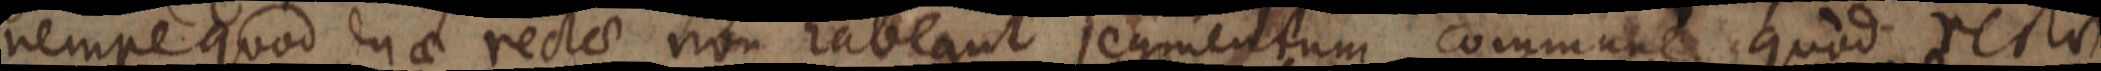
nempe quod duae rectae non habeant segmentum commune, quod rectae